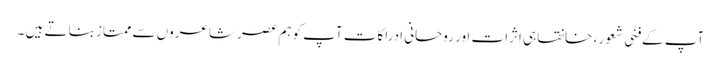
آپ کے فنّی شعور ، خانقاہی اثرات اور روحانی ادراکات آپ کوہم عصر شاعروں سے ممتاز بناتے ہیں ۔